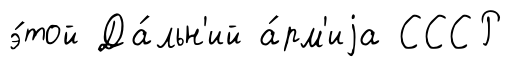
э́той Да́льн'ий а́рм'иjа СССР